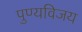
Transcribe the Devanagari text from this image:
पुण्यविजय